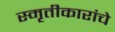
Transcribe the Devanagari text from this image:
स्मृतीकारांचे